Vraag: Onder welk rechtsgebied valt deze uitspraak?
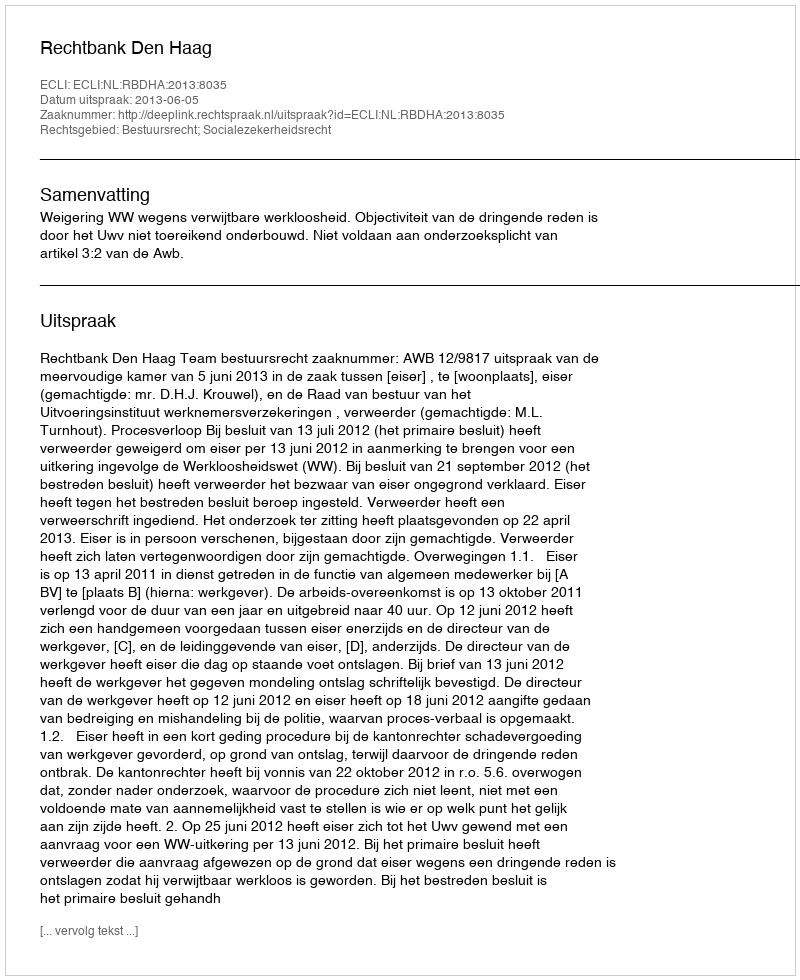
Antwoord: Bestuursrecht; Socialezekerheidsrecht